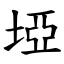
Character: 埡